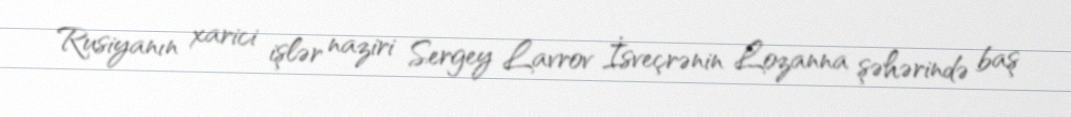
Rusiyanın xarici işlər naziri Sergey Lavrov İsveçrənin Lozanna şəhərində baş